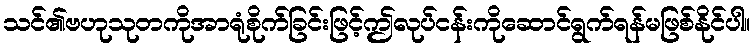
သင်၏ဗဟုသုတကိုအာရုံစိုက်ခြင်းဖြင့်ဤလုပ်ငန်းကိုဆောင်ရွက်ရန်မဖြစ်နိုင်ပါ။